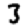
Digit: 3